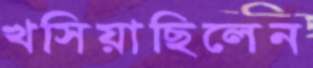
খসিয়াছিলেন